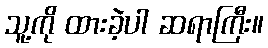
သူ့ကို ထားခဲ့ပါ ဆရာကြီး။